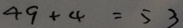
4 9 + 4 = 5 3